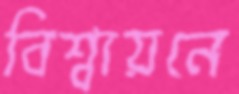
বিশ্বায়নে